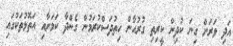
އަދި ވަރަށް ގިނަ ކުދިން ކީރިތި ގުރުއާން ހިތުދަސްކުރަމުން ގެންދާ ކަމަށާއި އަތޮޅުތަކުގައި